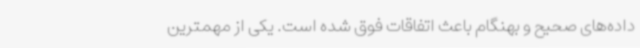
داده‌های صحیح و بهنگام باعث اتفاقات فوق شده است. یکی از مهمترین‌